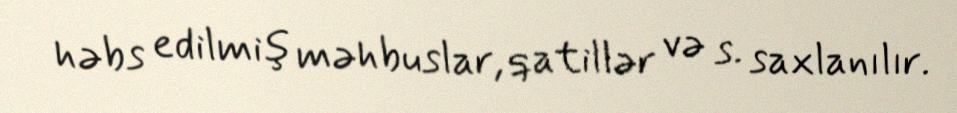
həbs edilmiş məhbuslar, qatillər və s. saxlanılır.